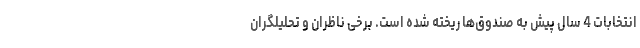
انتخابات 4 سال پیش به صندوق‌ها ریخته شده است. برخی ناظران و تحلیلگران